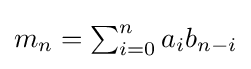
{\textstyle m_{n}=\sum _{i=0}^{n}a_{i}b_{n-i}}